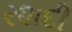
રશદી